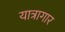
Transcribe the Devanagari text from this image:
यात्रागार